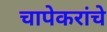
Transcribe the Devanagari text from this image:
चापेकरांचे